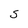
Character: S